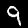
Digit: 9